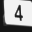
Digit: 4